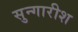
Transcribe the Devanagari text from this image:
सुन्गारीश